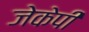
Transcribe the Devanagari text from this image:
जेकेपी